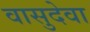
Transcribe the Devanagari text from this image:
वासुदेवा